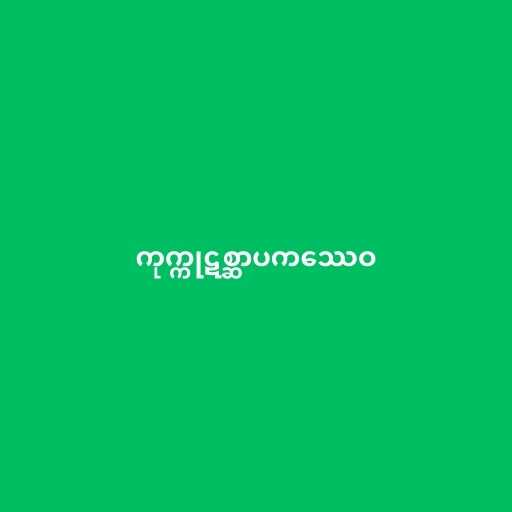
ကုက္ကုဋစ္ဆာပကဿေဝ